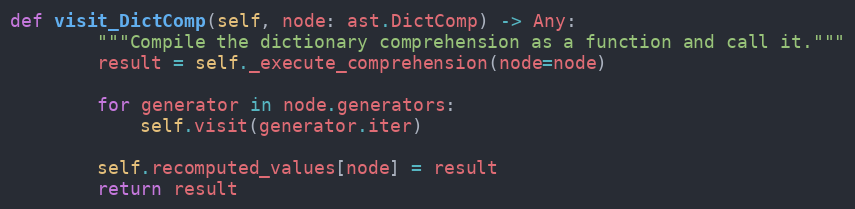
Language: Python
def visit_DictComp(self, node: ast.DictComp) -> Any:
        """Compile the dictionary comprehension as a function and call it."""
        result = self._execute_comprehension(node=node)

        for generator in node.generators:
            self.visit(generator.iter)

        self.recomputed_values[node] = result
        return result